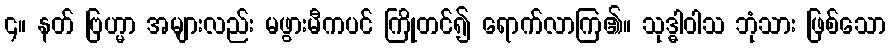
၄။ နတ် ဗြဟ္မာ အများလည်း မဖွားမီကပင် ကြိုတင်၍ ရောက်လာကြ၏။ သုဒ္ဓါဝါသ ဘုံသား ဖြစ်သော